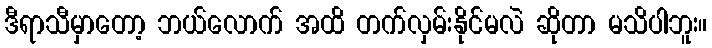
ဒီရာသီမှာတော့ ဘယ်လောက် အထိ တက်လှမ်းနိုင်မလဲ ဆိုတာ မသိပါဘူး။